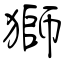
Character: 獅